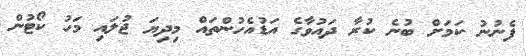
ފެނުނު ކަމަށް ބުނެ ކުރާ ދައުވާގެ އަޑުއެހުންތައް މިދިޔަ ޖުލައި މަހު ކޯޓުން